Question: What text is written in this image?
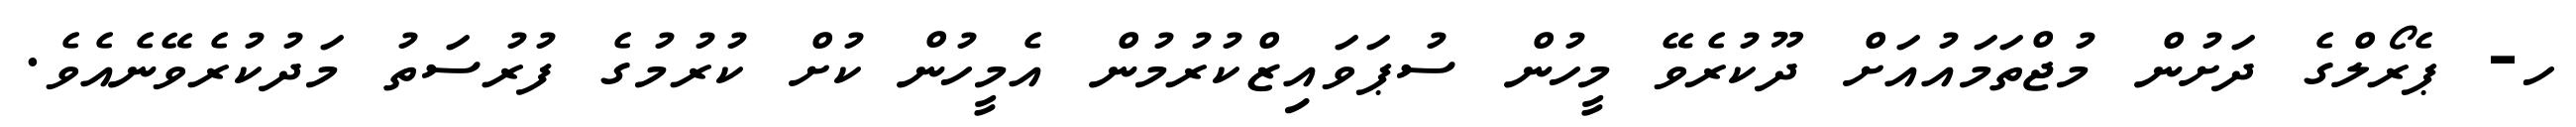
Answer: ހ- ޕެރޯލްގެ ދަށުން މުޖްތަމައުއަށް ދޫކުރެވޭ މީހުން ސުޕަވައިޒްކުރުމުން އެމީހުން ކުށް ކުރުމުގެ ފުރުސަތު މަދުކުރެވޭނެއެވެ.